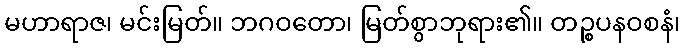
မဟာရာဇ၊ မင်းမြတ်။ ဘဂဝတော၊ မြတ်စွာဘုရား၏။ တဉ္စပနဝစနံ၊